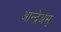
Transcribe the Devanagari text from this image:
आन्द्रेअस्